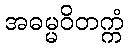
အဓမ္မဝိတက္ကံ